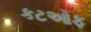
કટઓફ